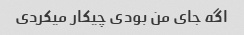
اگه جای من بودی چیکار میکردی